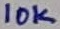
Text: 10K